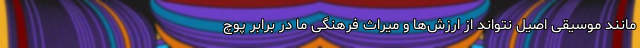
مانند موسیقی اصیل نتواند از ارزش‌ها و میراث فرهنگی ما در برابر پوچ